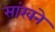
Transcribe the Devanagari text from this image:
सांखने